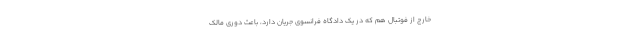
خارج از فوتبال هم که در یک‌ دادگاه فرانسوی جریان دارد، باعث دوری مالک